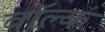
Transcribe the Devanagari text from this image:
वॉल्क